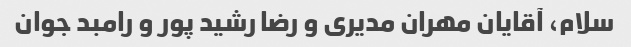
سلام، آقایان مهران مدیری و رضا رشید پور و رامبد جوان